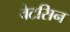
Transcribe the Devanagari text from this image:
वेटसिन